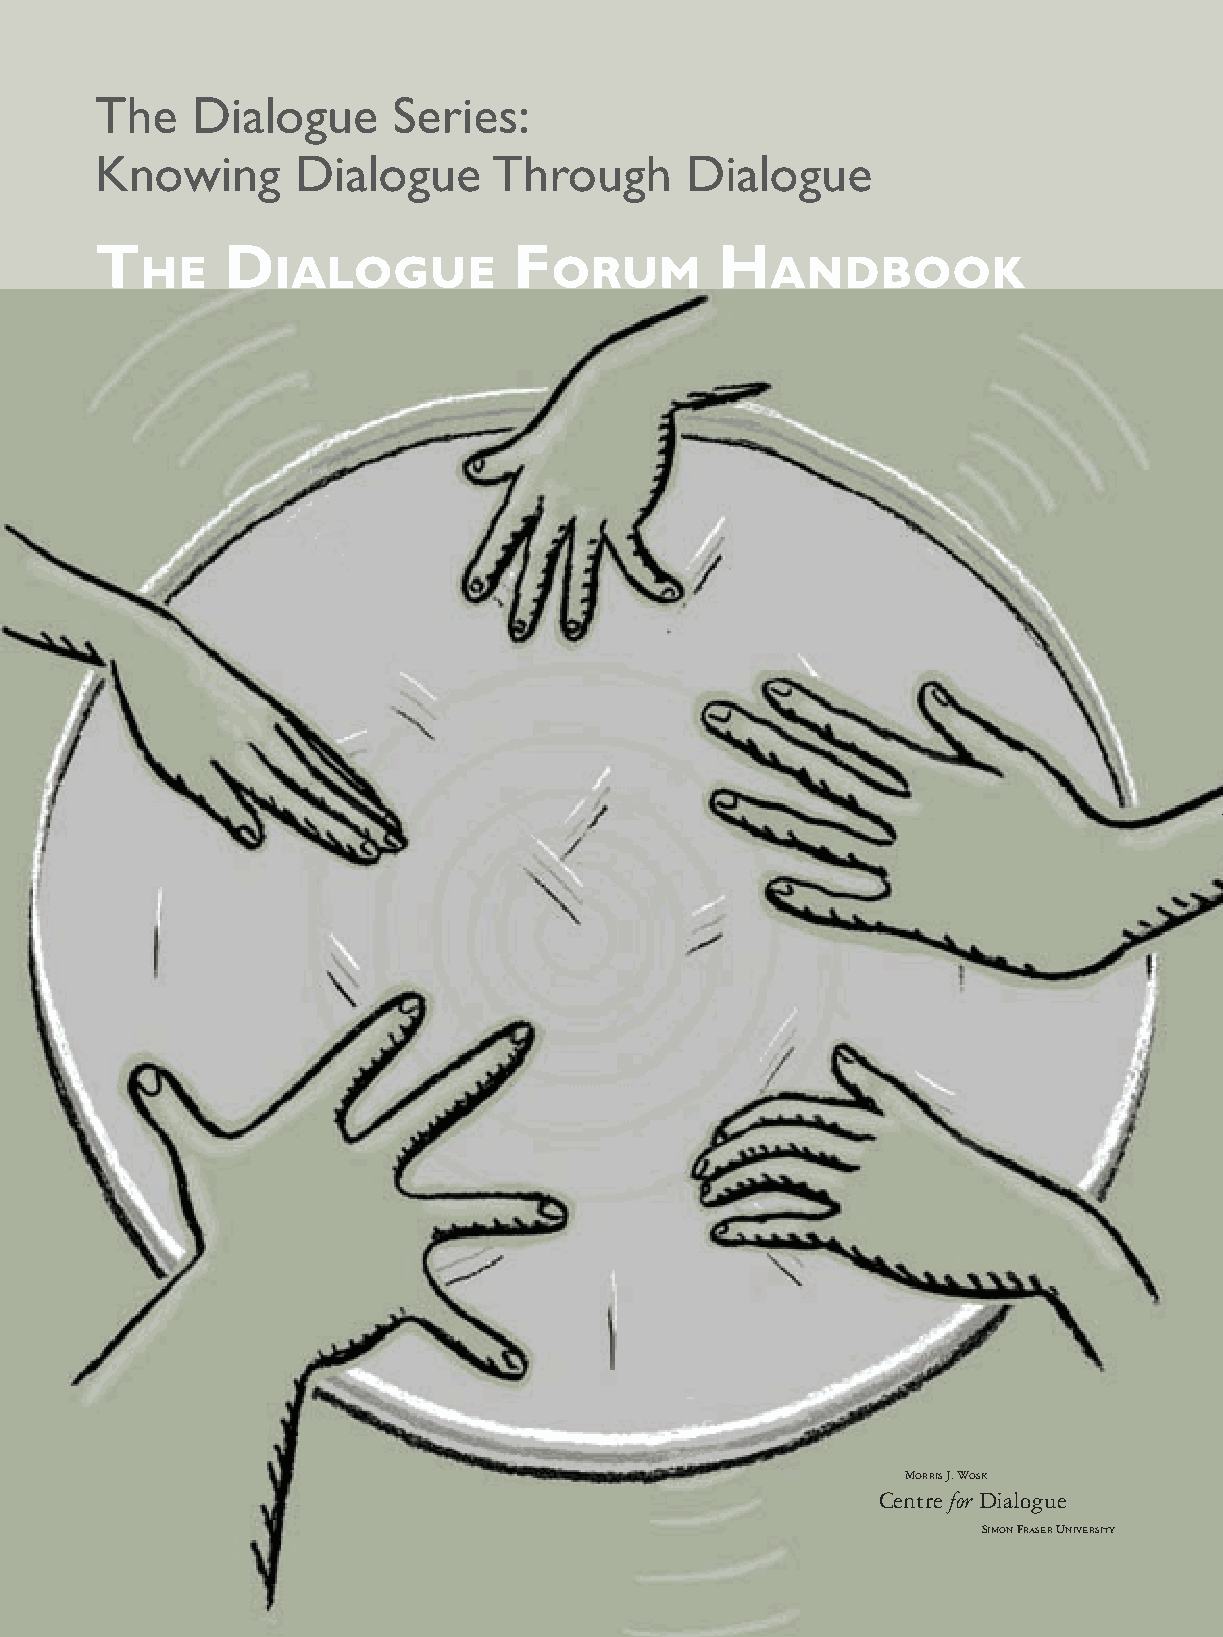
The   Dialogue     Series:
 Knowing      Dialogue     Through      Dialogue
 The     Dialogue           Forum         Handbook
 Morris J. Wosk
 Centre for Dialogue
 Simon Fraser University
 handbook_web         2                              5/30/04, 4:37 PM